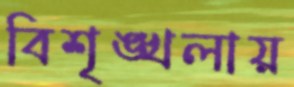
বিশৃঙ্খলায়